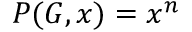
P ( G , x ) = x ^ { n }